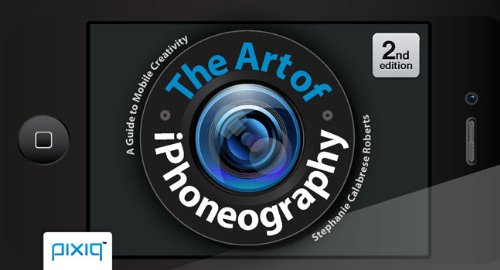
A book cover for The Art of iPhoneography: A Guide to Mobile Creativity; Stephanie Calabrese Roberts; Computers & Technology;